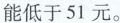
能低于 51 元。